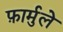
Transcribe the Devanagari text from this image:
फ़ार्मुले